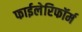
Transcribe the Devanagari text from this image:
फाईलेरिफॉर्म